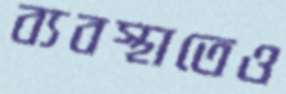
ব্যবস্থাতেও